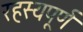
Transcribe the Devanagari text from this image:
रहस्‍यपूर्ण